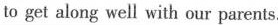
to get along well with our parents.